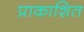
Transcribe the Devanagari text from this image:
प्राकाशित